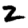
Digit: 2